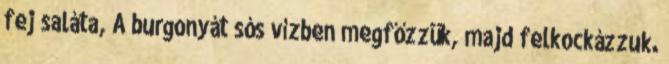
fej saláta, A burgonyát sós vízben megfőzzük, majd felkockázzuk.